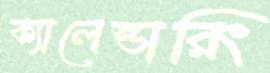
ক্যালেন্ডারিং